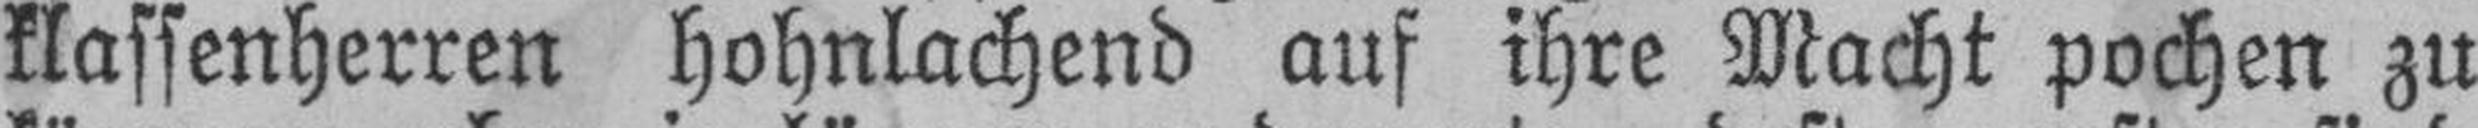
klassenherren hohnlachend auf ihre Macht pochen zu